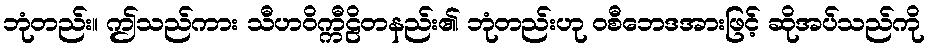
ဘုံတည်း။ ဤသည်ကား သီဟဝိက္ကီဠိတနည်း၏ ဘုံတည်းဟု ဝစီဘေဒအားဖြင့် ဆိုအပ်သည်ကို